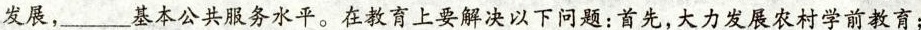
发展，___基本公共服务水平。在教育上要解决以下问题：首先，大力发展农村学前教育；